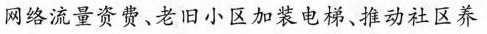
网络流量资费、老旧小区加装电梯、推动社区养